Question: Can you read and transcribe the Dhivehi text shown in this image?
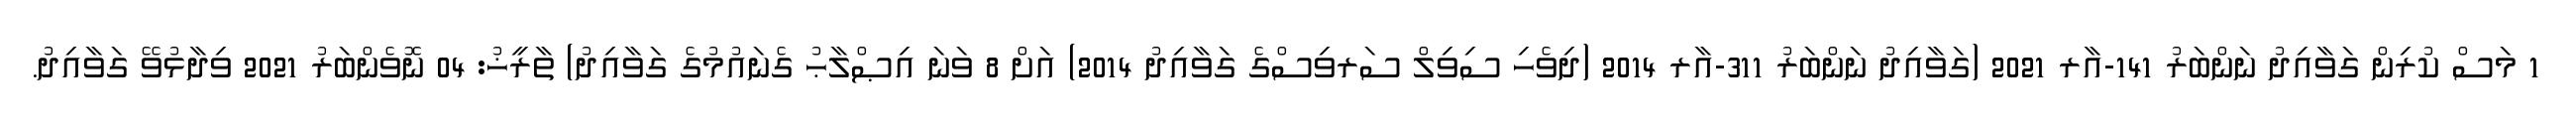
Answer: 1 މަސް ކުރިން ގަވާއިދު ނަންބަރު 141-އާރ 2021 (ގަވާއިދު ނަންބަރު 311-އާރ 2014 (ދިވެހި ސިވިލް ސަރވިސްގެ ގަވާއިދު 2014) އަށް 8 ވަނަ އިޞްލާޙު ގެނައުމުގެ ގަވާއިދު) ތާރީޚު: 04 ނޮވެންބަރު 2021 ވިދާޅުވޭ ގަވާއިދު.